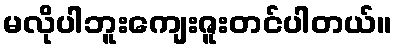
မလိုပါဘူးကျေးဇူးတင်ပါတယ်။